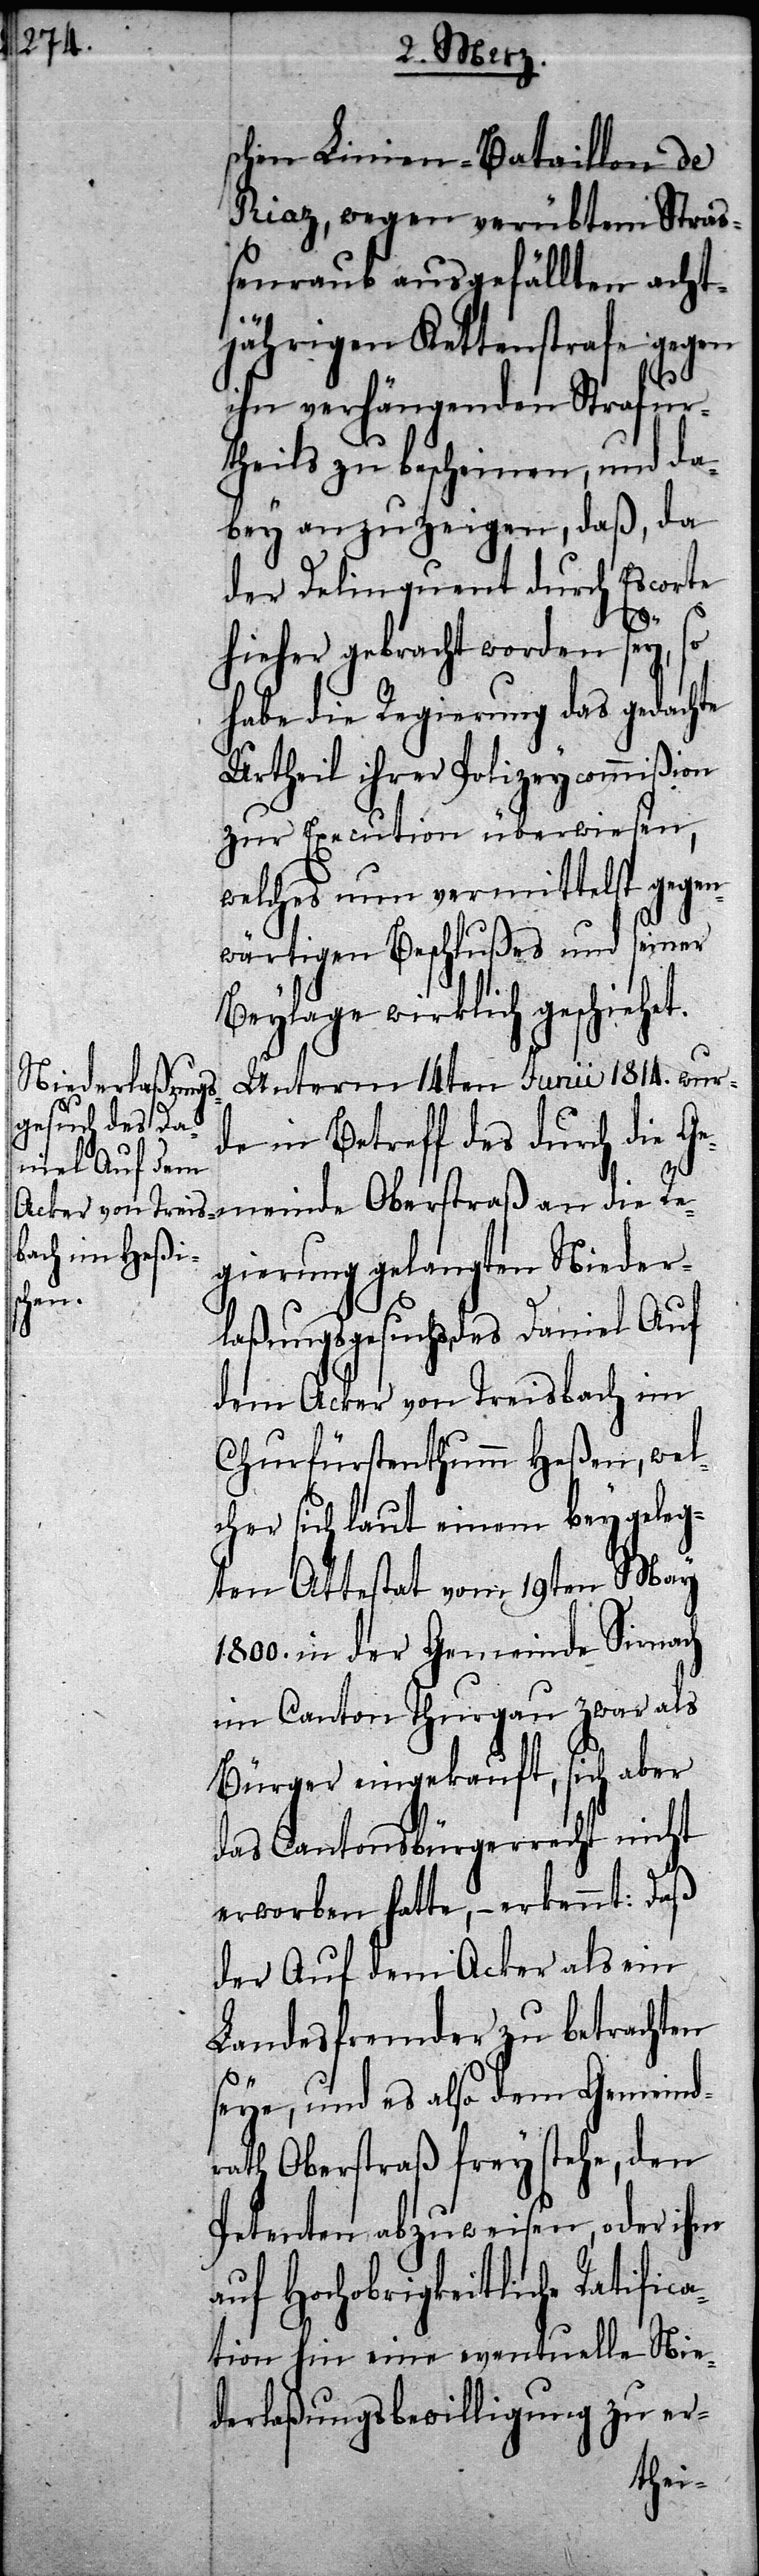
schen Linien-Bataillon de
Riaz, wegen verübtem Straß¬
enraub ausgefällten acht¬
jährigen Kettenstrafe gegen
ihn verhängenden Strafur¬
theils zu bescheinen, und da¬
bey anzuzeigen, daß, da
der Delinquent durch Escorte
hieher gebracht worden sey,
habe die Regierung das gedachte
Urtheil ihrer Polizeycommißion
zur Execution überwiesen,
welches nun vermittelst gegen¬
wärtigen Beschlußes und seiner
Beylage wirklich geschiehet.
Unterm 14ten Junii 1814. wurd¬
e in Betreff des durch die Ge¬
meinde Oberstraß an die Re¬
gierung gelangten Nieder¬
laßungsgesuchs, des Daniel Auf
dem Acker von Treisbach im
Churfürstenthumm Heßen, wel¬
cher sich laut einem beygeleg¬
ten Attestat vom 19ten May
1800. in der Gemeinde Sirnach
im Canton Thurgau zwar als
Bürger eingekauft, sich aber
das Cantonsbürgerrecht nicht
erworben hatte, – erkennt: Daß
der Auf dem Acker als ein
Landesfremder zu betrachten
seye, und es also dem Gemeind¬
rath Oberstraß frey stehe, den
Petenten abzuweisen, oder ihm
auf Hochobrigkeitliche Ratifica¬
tion hin eine eventuelle Nie¬
derlaßungsbewilligung zu er-